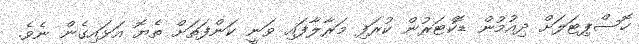
ހޮސްޕިޓަލަށް ދިއުމުން ޑޮކްޓަރުން ކުރަފި މަރާލާފައި ވަނީ ކަންފަތަށް ތެޔޮ އަޅައިގެން ނެވެ.